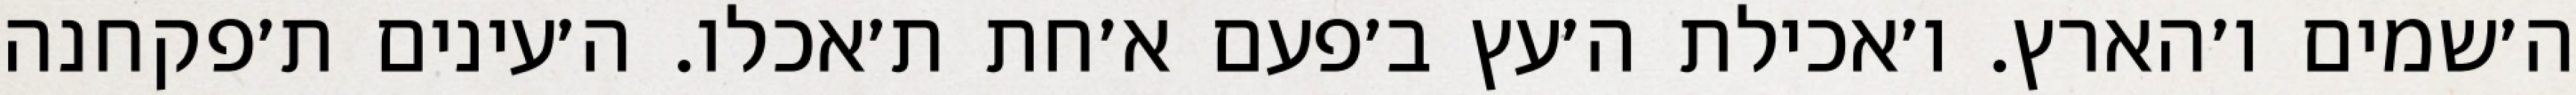
ה׳שמים ו׳הארץ. ו׳אכילת ה׳עץ ב׳פעם א׳חת ת׳אכלו. ה׳עינים ת׳פקחנה